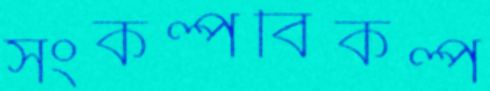
সংকল্পবিকল্প